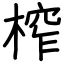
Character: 榨